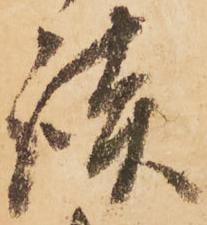
談